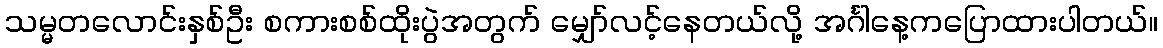
သမ္မတလောင်းနှစ်ဦး စကားစစ်ထိုးပွဲအတွက် မျှော်လင့်နေတယ်လို့ အင်္ဂါနေ့ကပြောထားပါတယ်။